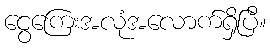
ငွေကြေးအလုံအလောက်ရှိပြီ။